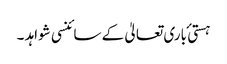
ہستی ٔ باری تعالیٰ کے سائنسی شواہد ۔